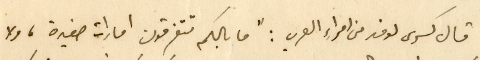
قال كسرى لوفد من امراء العرب : "ما بالكم تتفرقون امارات صغيرة، ولا